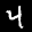
Label: 4